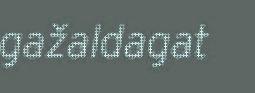
gažaldagat